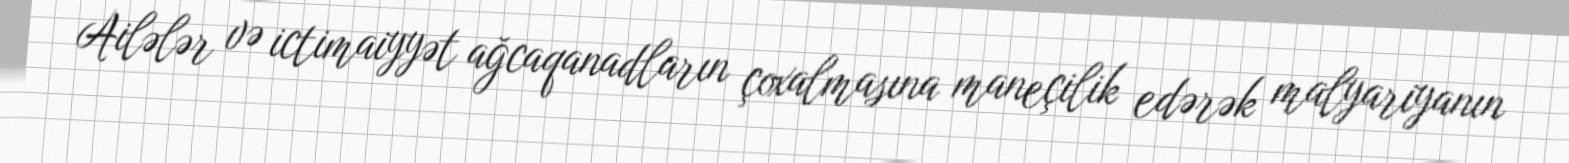
Ailələr və ictimaiyyət ağcaqanadların çoxalmasına maneçilik edərək malyariyanın